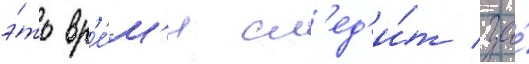
э́то вр'е́м'я сл'ед'и́т за́